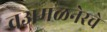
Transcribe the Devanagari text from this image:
वअमळनेरचे